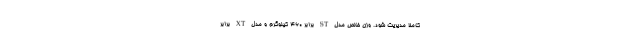
کاملا مدیریت شود. وزن خالص مدل ST برابر 460 کیلوگرم و مدل XT برابر